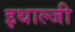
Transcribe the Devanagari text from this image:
इथाल्जी